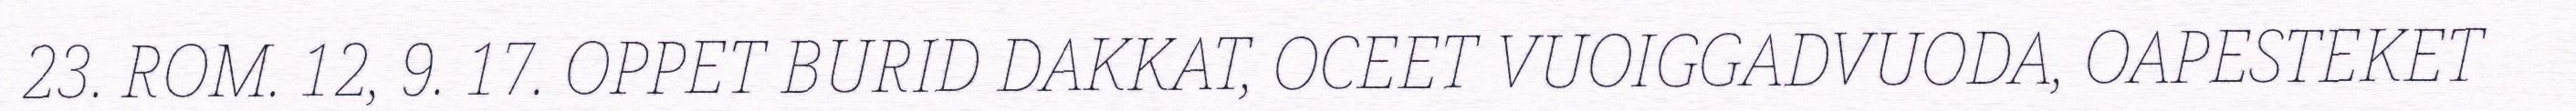
23. ROM. 12, 9. 17. OPPET BURID DAKKAT, OCEET VUOIGGADVUODA, OAPESTEKET